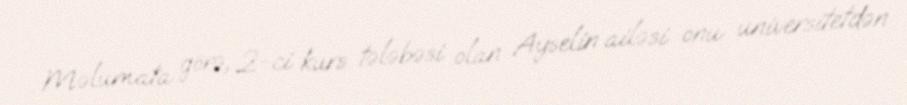
Məlumata görə, 2-ci kurs tələbəsi olan Ayselin ailəsi onu universitetdən